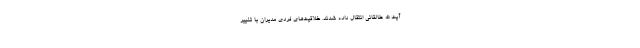
آیت الله طالقانی انتقال داده شدند. خلاقیت‌های فردی مدیران‌ با تغییر